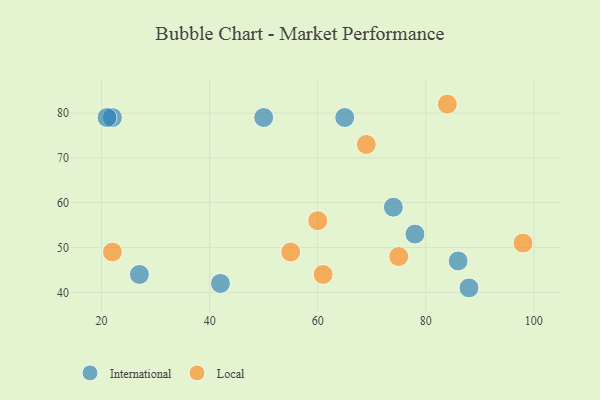
{"axis": {"x": "GDP", "y": "Life Expectancy"}, "legend": ["International", "Local"], "data": [{"x": "27", "y": 44, "type": "International"}, {"x": "50", "y": 79, "type": "International"}, {"x": "22", "y": 79, "type": "International"}, {"x": "42", "y": 42, "type": "International"}, {"x": "78", "y": 53, "type": "International"}, {"x": "65", "y": 79, "type": "International"}, {"x": "88", "y": 41, "type": "International"}, {"x": "74", "y": 59, "type": "International"}, {"x": "86", "y": 47, "type": "International"}, {"x": "21", "y": 79, "type": "International"}, {"x": "84", "y": 82, "type": "Local"}, {"x": "75", "y": 48, "type": "Local"}, {"x": "60", "y": 56, "type": "Local"}, {"x": "55", "y": 49, "type": "Local"}, {"x": "98", "y": 51, "type": "Local"}, {"x": "69", "y": 73, "type": "Local"}, {"x": "61", "y": 44, "type": "Local"}, {"x": "22", "y": 49, "type": "Local"}]}